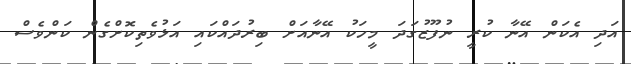
އަދި އެކަން އޭނާ ކުރީ ނުފޫޒުގަދަ މީހަކު އޭނާއަށް ބިރުދައްކައި އަޅުވެތިކޮށްގެން ކަންވެސް